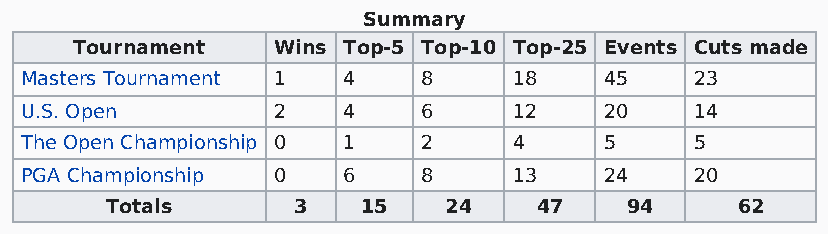
Summary
 Tournament   Wins Top-5 Top-10 Top-25 Events Cuts made
 Masters Tournament 1  4    8     18    45    23
 U.S. Open        2    4    6     12    20    14
 The Open Championship 0 1  2     4     5     5
 PGA Championship 0    6    8     13    24    20
 Totals      3    15   24    47    94      62